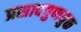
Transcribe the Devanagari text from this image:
प्रसादगुणयुक्त